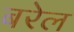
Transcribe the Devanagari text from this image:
बरेल